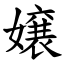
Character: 嬢